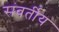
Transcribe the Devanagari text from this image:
संवर्तीय